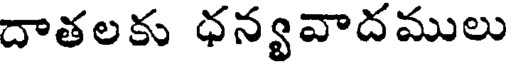
దాతలకు ధన్యవాదములు